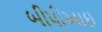
બીપીઆઇ